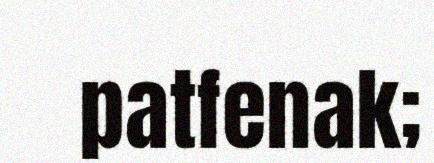
patfenak;